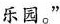
乐园。”